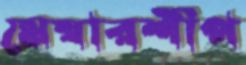
মেম্বারশীপ